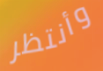
وأنتظر